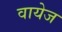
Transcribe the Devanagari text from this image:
वायेज